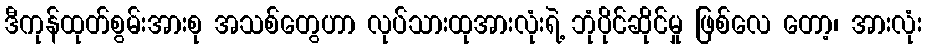
ဒီကုန်ထုတ်စွမ်းအားစု အသစ်တွေဟာ လုပ်သားထုအားလုံးရဲ့ ဘုံပိုင်ဆိုင်မှု ဖြစ်လေ တော့၊ အားလုံး